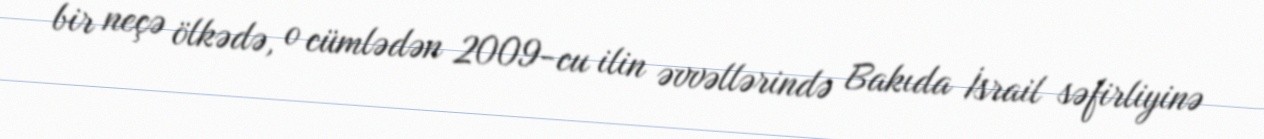
bir neçə ölkədə, o cümlədən 2009-cu ilin əvvəllərində Bakıda İsrail səfirliyinə